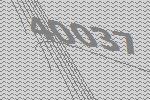
40037